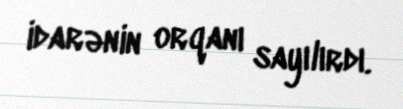
idarənin orqanı sayılırdı.